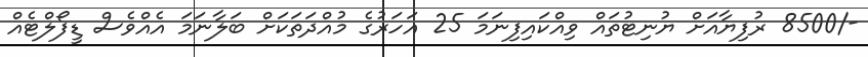
-/8500 ރުފިޔާއަށް ޔުނިޓުތައް ވިއްކައިފިނަމަ 25 އަހަރުގެ މުއްދަތަކަށް ބަލާނަމަ އެއްވެސް ޑީފޯލްޓެއް